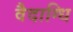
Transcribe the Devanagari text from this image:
वैदाग्धि